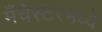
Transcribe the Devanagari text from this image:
मँचेस्टरमध्ये